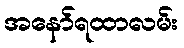
အနော်ရထာလမ်း